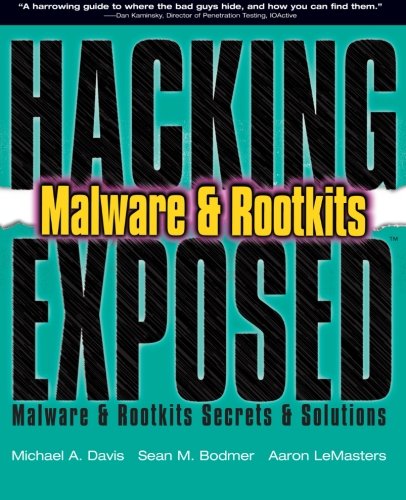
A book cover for Hacking Exposed:  Malware & Rootkits Secrets & Solutions; Michael Davis; Computers & Technology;